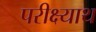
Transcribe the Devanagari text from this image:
परीक्ष्याथ